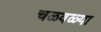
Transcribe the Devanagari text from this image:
चळवळ्या